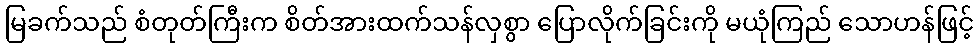
မြခက်သည် စံတုတ်ကြီးက စိတ်အားထက်သန်လှစွာ ပြောလိုက်ခြင်းကို မယုံကြည် သောဟန်ဖြင့်